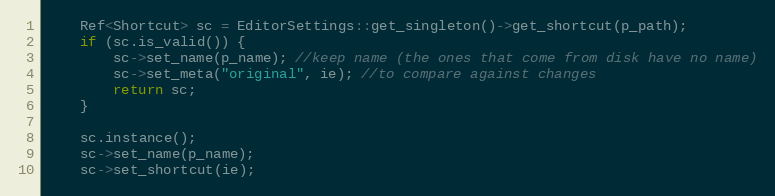
Language: C++
	Ref<Shortcut> sc = EditorSettings::get_singleton()->get_shortcut(p_path);
	if (sc.is_valid()) {
		sc->set_name(p_name); //keep name (the ones that come from disk have no name)
		sc->set_meta("original", ie); //to compare against changes
		return sc;
	}

	sc.instance();
	sc->set_name(p_name);
	sc->set_shortcut(ie);